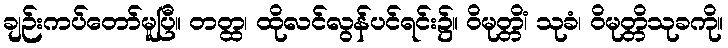
ချဉ်းကပ်တော်မူပြီ။ တတ္ထ၊ ထိုလင်လွန်ပင်ရင်း၌။ ဝိမုတ္တိံ၊ သုခံ၊ ဝိမုတ္တိသုခကို။